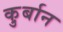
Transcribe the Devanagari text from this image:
कु़र्बान